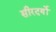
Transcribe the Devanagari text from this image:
सीरदर्यो